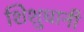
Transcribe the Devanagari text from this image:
शिशुधानी